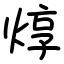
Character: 焞